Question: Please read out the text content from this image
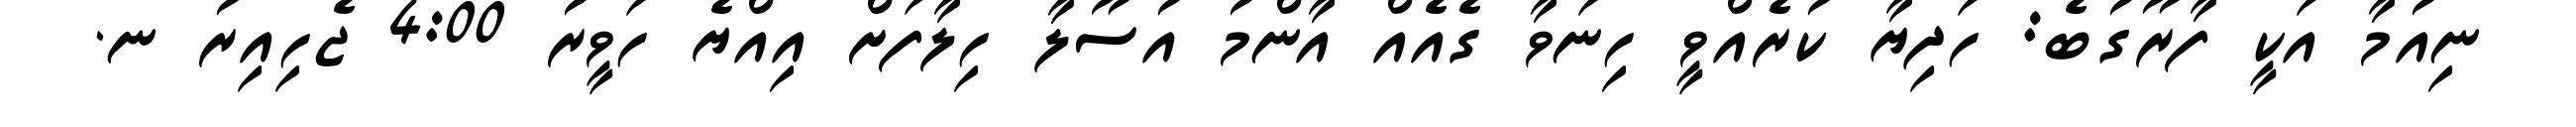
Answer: ނިއުމާ އަކީ ފާރޫގުބެ: ހަދިޔާ ކުރެއްވީ ހިނަވާ ގެއެއް އާންމު އުސޫލާ ހިލާފަށް އިއްޔެ ހަވީރު 4:00 ޖެހިއިރު ނ.